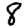
Digit: 8